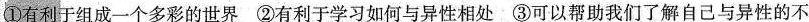
①有利于组成一个多彩的世界 ②有利于学习如何与异性相处 ③可以帮助我们了解自己与异性的不